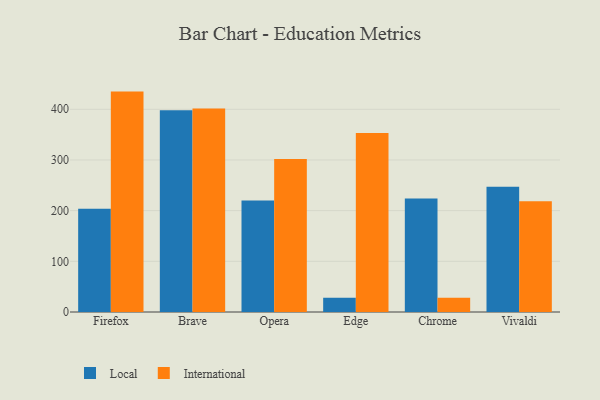
{"axis": {"x": "Browser", "y": "Gross Profit (USD K)"}, "legend": ["International", "Local"], "data": [{"x": "Firefox", "y": 203.8, "type": "Local"}, {"x": "Firefox", "y": 434.9, "type": "International"}, {"x": "Brave", "y": 398.3, "type": "Local"}, {"x": "Brave", "y": 401.4, "type": "International"}, {"x": "Opera", "y": 220.1, "type": "Local"}, {"x": "Opera", "y": 301.9, "type": "International"}, {"x": "Edge", "y": 28.1, "type": "Local"}, {"x": "Edge", "y": 353.0, "type": "International"}, {"x": "Chrome", "y": 223.8, "type": "Local"}, {"x": "Chrome", "y": 28.0, "type": "International"}, {"x": "Vivaldi", "y": 247.1, "type": "Local"}, {"x": "Vivaldi", "y": 218.5, "type": "International"}]}